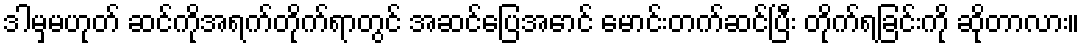
ဒါမှမဟုတ် ဆင်ကိုအရက်တိုက်ရာတွင် အဆင်ပြေအောင် မောင်းတက်ဆင်ပြီး တိုက်ရခြင်းကို ဆိုတာလား။